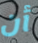
أن